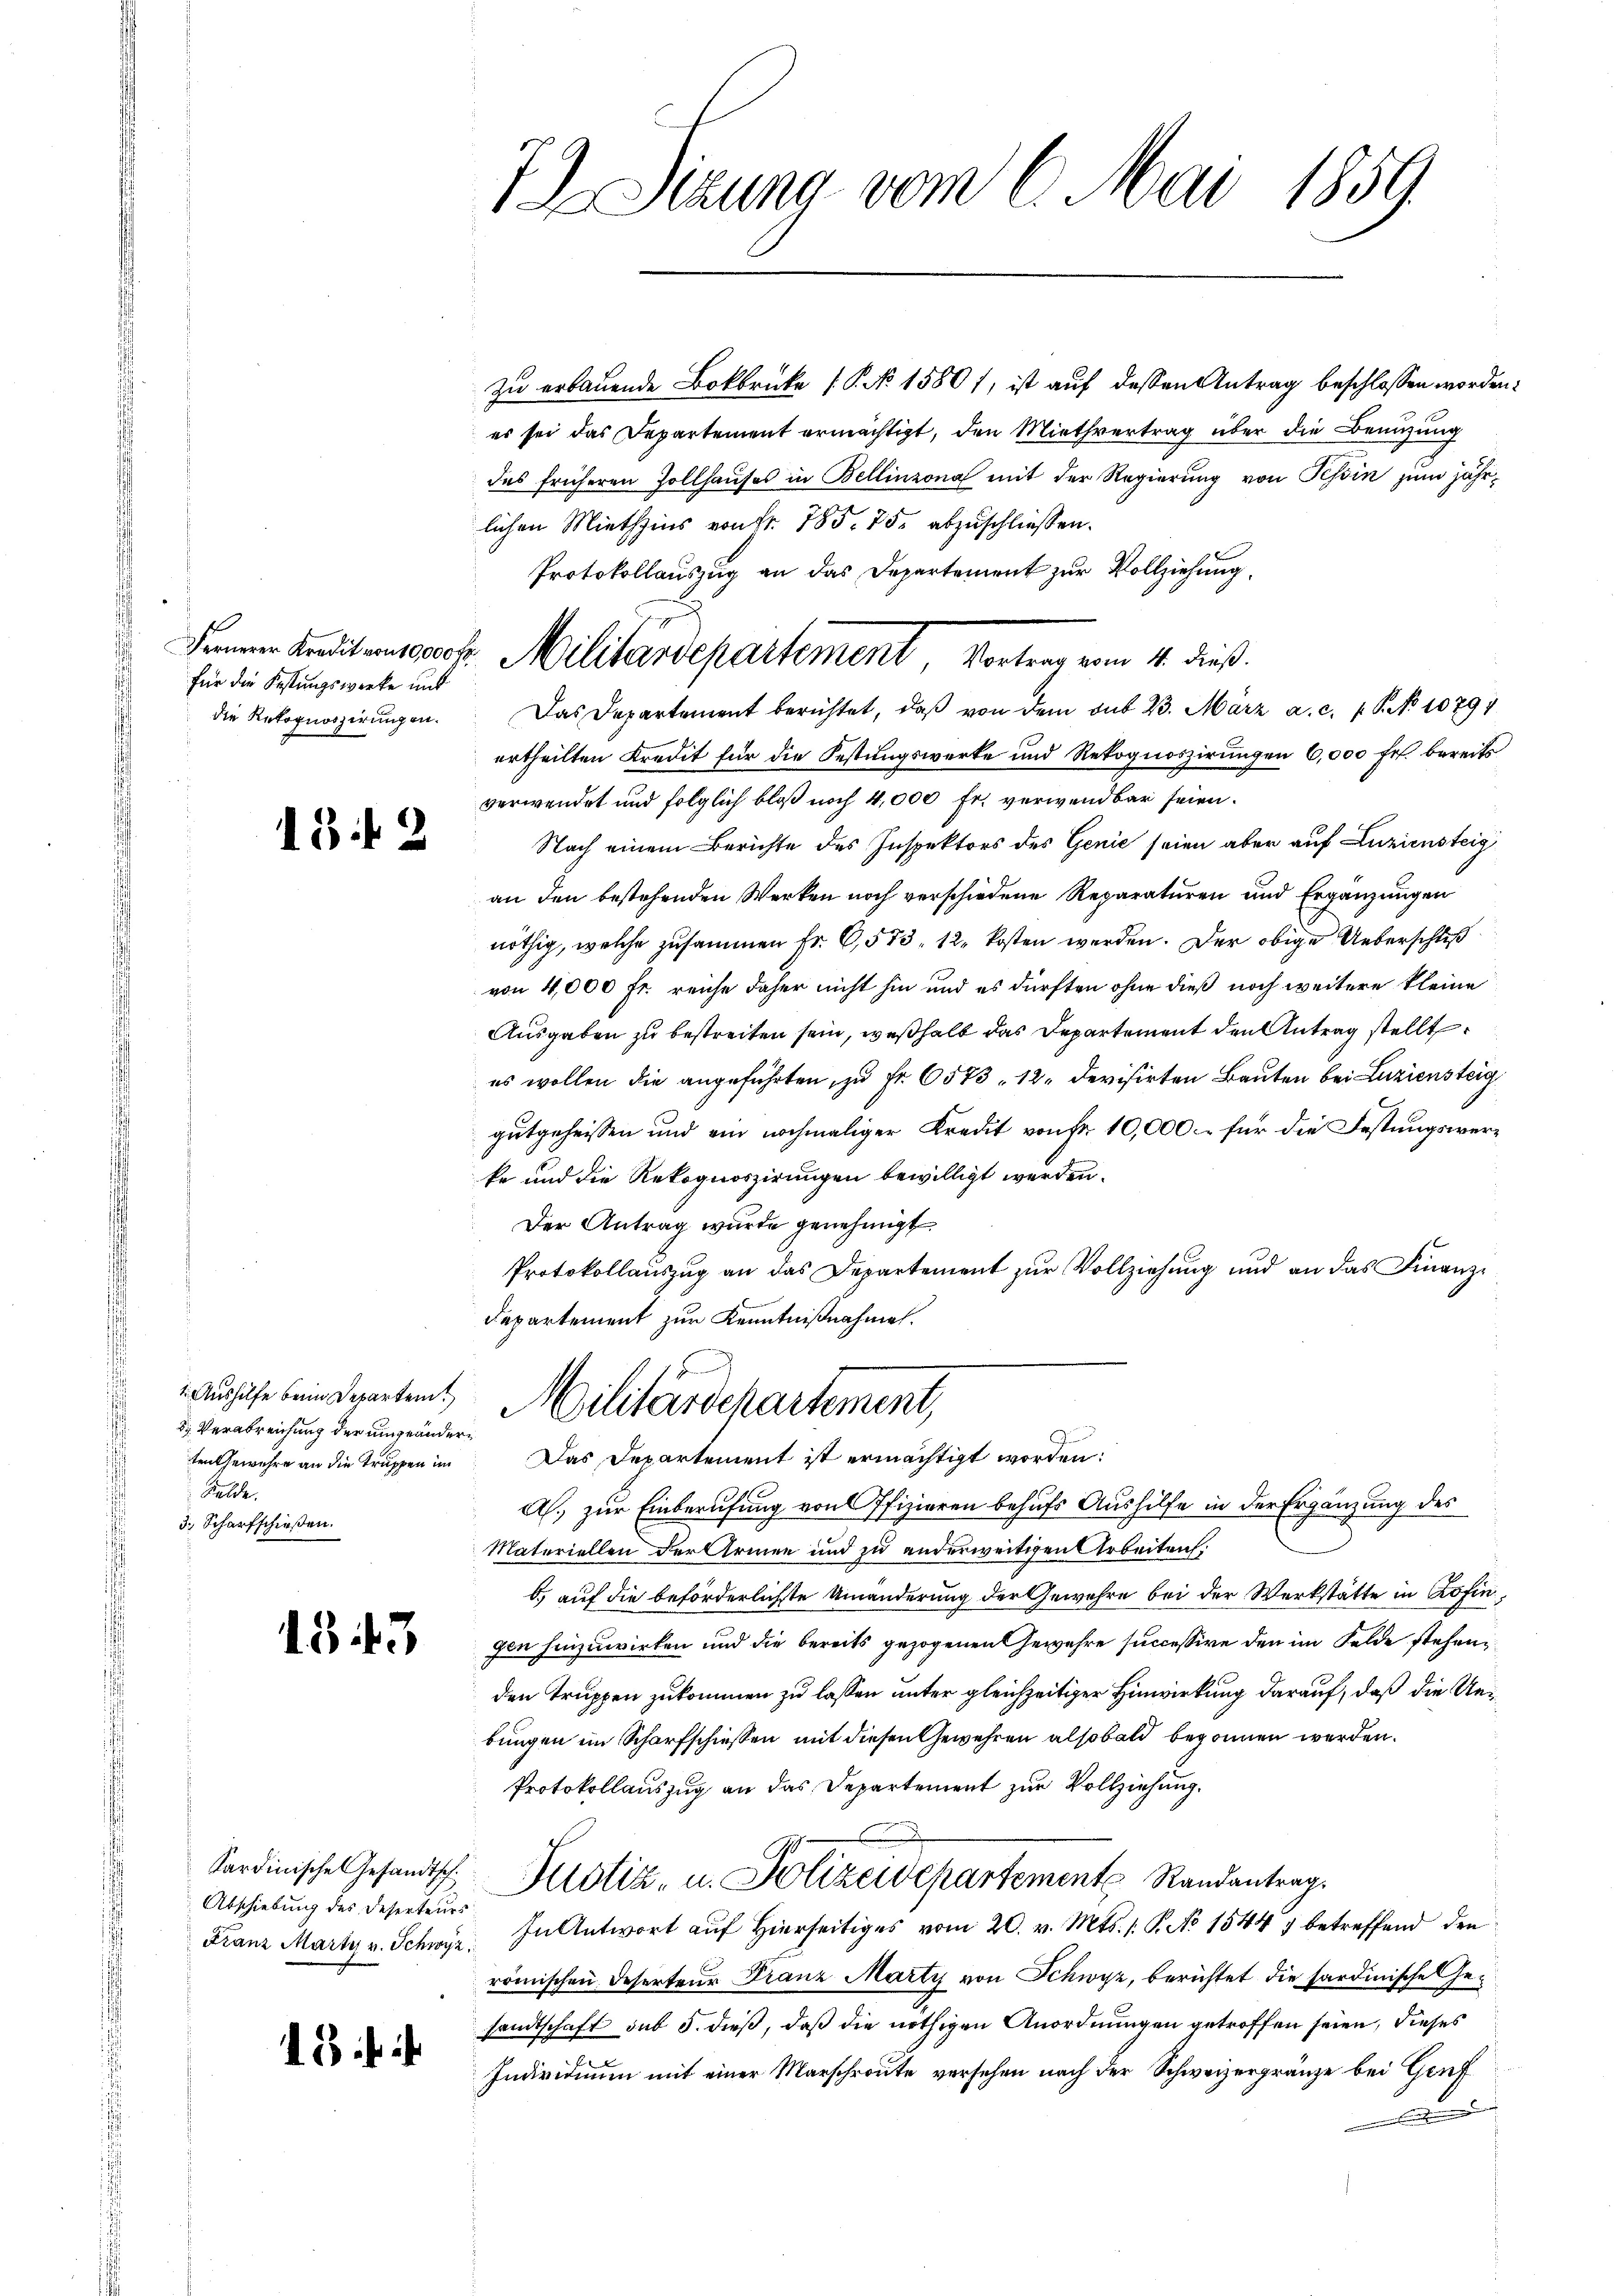
für die Festungswerke unt
die Rekognoszirungen.

13 f 2

3. Verabreichung der eingeänderten Gewehre an die Truppen im
Kelde.
3. Scharfschießen.

1343

Abschiebung des Deserteurs

18 f

7) Sitzung vom 6. Mai 1859

zu erbauende Bokbrücke (§. No 1580 f, ist auf dessen Antrag beschlossen worden:
es sei das Departement ermächtigt, den Miethvertrag über die Benutzung
das früheren Zollhauses in Bellinzona mit der Regierung von Tessin zum jährlichen Miethzins von Fr. 785. 75. abzuschliessen.
Protokollauszug an das Departement zur Vollziehung.
Das Departement berichtet, daß von dem sub 23. März a. c. 1 S. 10794
ertheilten Kredit für die Festungswerke und Rekognoszirungen 6,000 fr. bereits
verwendet und folglich bloß noch 4,000 Fr. verwendbar seien.
Nach einem Berichte des Inspektors des Genie seien aber auf Luziensteig
an den bestehenden Werken noch verschiedene Reparaturen und Ergänzungen
nöthig, welche zusammen fr. 6,573, 12 kosten werden. Der obige Ueberschluß
von 4,000 Fr. reiche daher nicht hin und es dürften ohne dieß noch weitere kleine
Ausgaben zu bestreiten sein, weßhalb das Departement den Antrag stellt
es wollen die angeführten, zu Fr. 6573 - 12. Devisirten Bauten bei Luziensteig
gutgeheissen und ein nochmaliger Kredit von Fr. 10,000.- für die Festungswerke und die Rekognoszirungen bewilligt werden.
Der Antrag wurde genehmigt.
Protokollaŭszŭg an das Departement zŭr Vollziehung und an das Finanz¬
Departement zur Kenntnißnahme.
Aushülfe bein Departent, Militärdepartement,
Das Departement ist ermächtigt worden:
A.) zur Einberufung von Offizieren behufs Aushilfe in der Ergänzung des
Materiellen der Armen und zu anderweitigen Arbeiten:
b.) auf die beförderlichste Umänderung der Gewähre bei der Werkstätte in Zofingen hinzuwirken und die bereits gezogenen Gewahre successive den im Felde stehenden Truppen zukommen zu lassen unter gleichzeitiger Hinwirkung darauf, daß die Uebungen im Scharfschiessen mit diesen Gewehren alsobald begonnen werden.
Protokollauszug an das Departement zur Vollziehung.
Sardinische Gesandtsch Justiz, u. Polizeidepartement Randantrag.
Franz Marty v. Schwyz. In Antwort aŭf hierseitiges vom 20. v. Mts. /: P. No 1544, betreffend den
römischen Deserteur Franz Marty von Schwyz, berichtet die sardinische Gesandtschaft auf 5. dieß, daß die nöthigen Anordnungen getroffen seien, dieses
Individium mit einer Marschroute versehen nach der Schweizergränze bei Genf
d

Fennen Kreditansprof. Militardepartement, Vortrag vom 4. dieß.